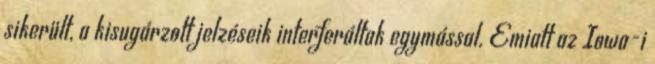
sikerült, a kisugárzott jelzéseik interferáltak egymással. Emiatt az Iowa-i